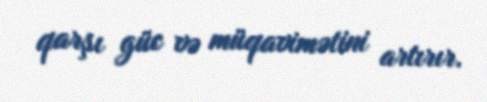
qarşı güc və müqavimətini artırır.